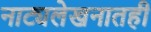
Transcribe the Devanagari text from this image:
नाट्यलेखनातही